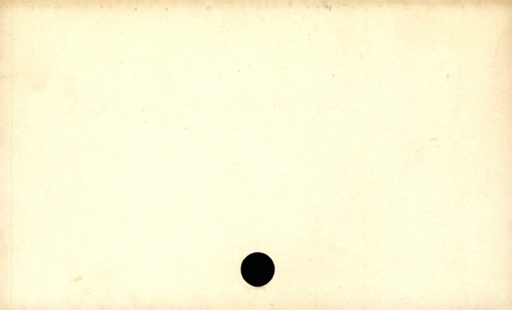
Label: blank